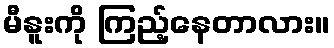
မီနူးကို ကြည့်နေတာလား။